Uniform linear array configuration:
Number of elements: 64
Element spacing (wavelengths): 0.5
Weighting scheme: binomial
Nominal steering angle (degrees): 15
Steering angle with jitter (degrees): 14.19
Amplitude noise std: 0.05
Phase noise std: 0.05

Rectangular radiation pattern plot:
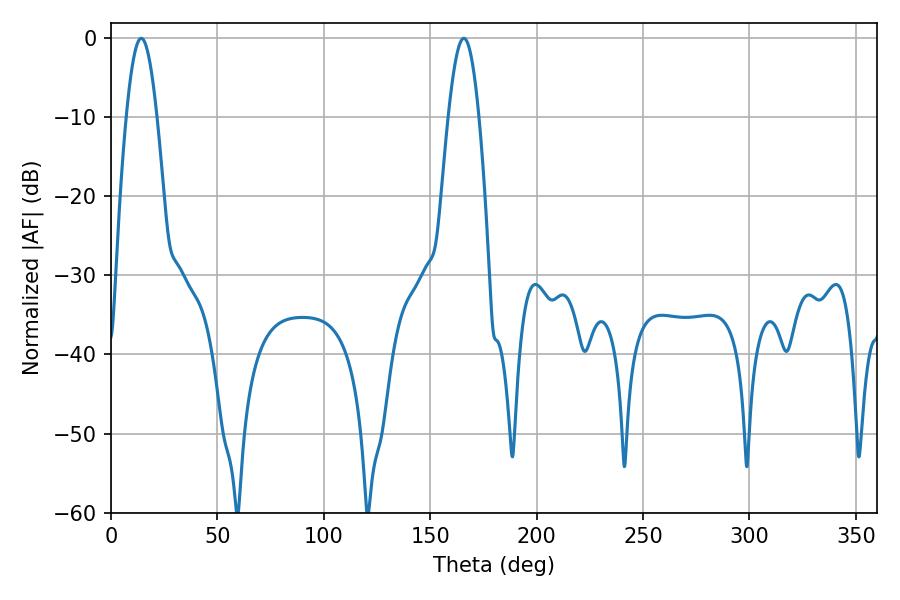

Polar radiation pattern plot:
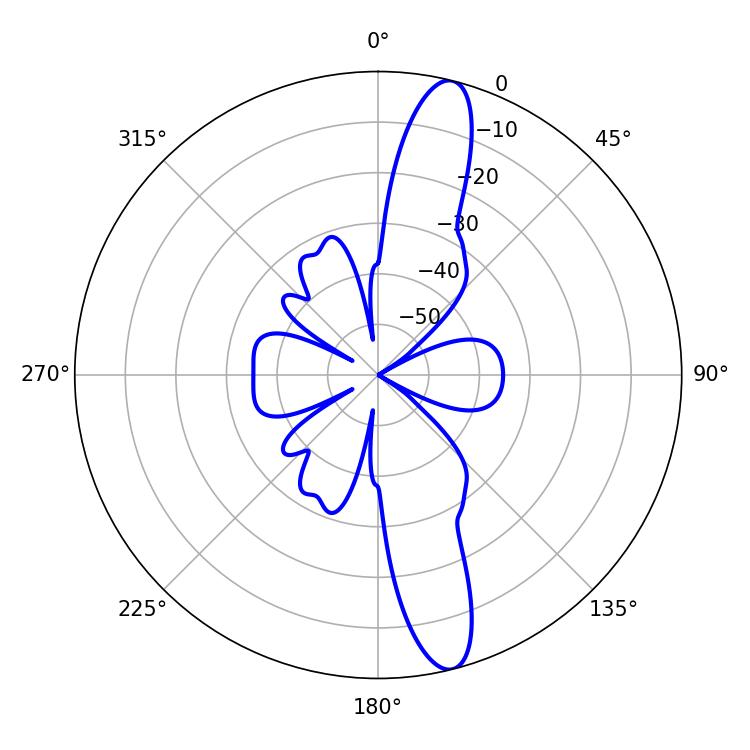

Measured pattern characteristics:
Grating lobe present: FALSE
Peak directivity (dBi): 14.38
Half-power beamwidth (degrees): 7.74
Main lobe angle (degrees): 14.22